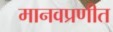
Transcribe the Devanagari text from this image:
मानवप्रणीत